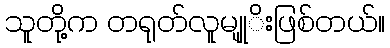
သူတို့က တရုတ်လူမျုုိးဖြစ်တယ်။